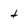
Character: t